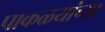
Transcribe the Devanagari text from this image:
पाकळयांच्या